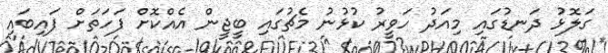
ގަލޮޅު ދަނޑުގައި މިއަދު ހަވީރު ކުޅުނު މެޗުގައި ބީޖީން އެއްކޮށް ފަހަތަށް ފައިބައި